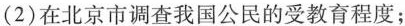
（2）在北京市调查我国公民的受教育程度；